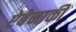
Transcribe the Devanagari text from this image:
ऐबेनाकी